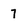
Character: 7